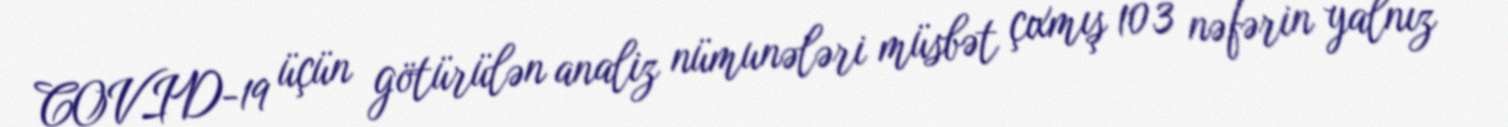
COVID-19 üçün götürülən analiz nümunələri müsbət çıxmış 103 nəfərin yalnız